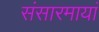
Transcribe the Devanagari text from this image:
संसारमायां